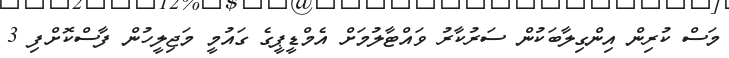
މަސް ކުރިން އިންގިލާބަކުން ސަރުކާރު ވައްޓާލުމަށް އެމްޑީޕީގެ ގައުމީ މަޖިލީހުން ފާސްކޮށްފި 3